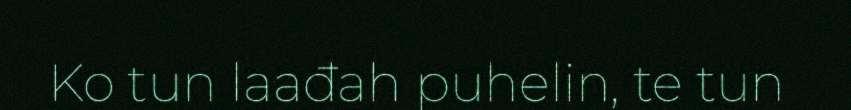
Ko tun laađah puhelin, te tun